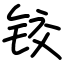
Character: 铰